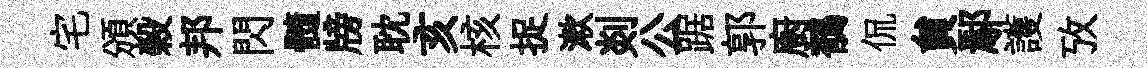
宅頒榖邦閃髓牓耽亥核捉漱剡公踞郭廚鶺侃貟鄢護攷